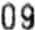
09